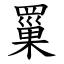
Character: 罺